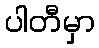
ပါတီမှာ